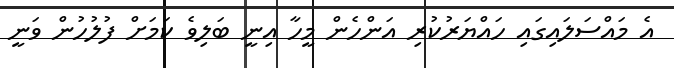
އެ މައްސަލައިގައި ހައްޔަރުކުރި އަންހެން މީހާ އިނީ ބަލިވެ ކަމަށް ފުލުހުން ވަނީ